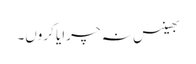
بھینس نہ چرایا کروں۔